NAE_ERA_R-30_Eesti_Riiklik_Spordiamet, lk 159
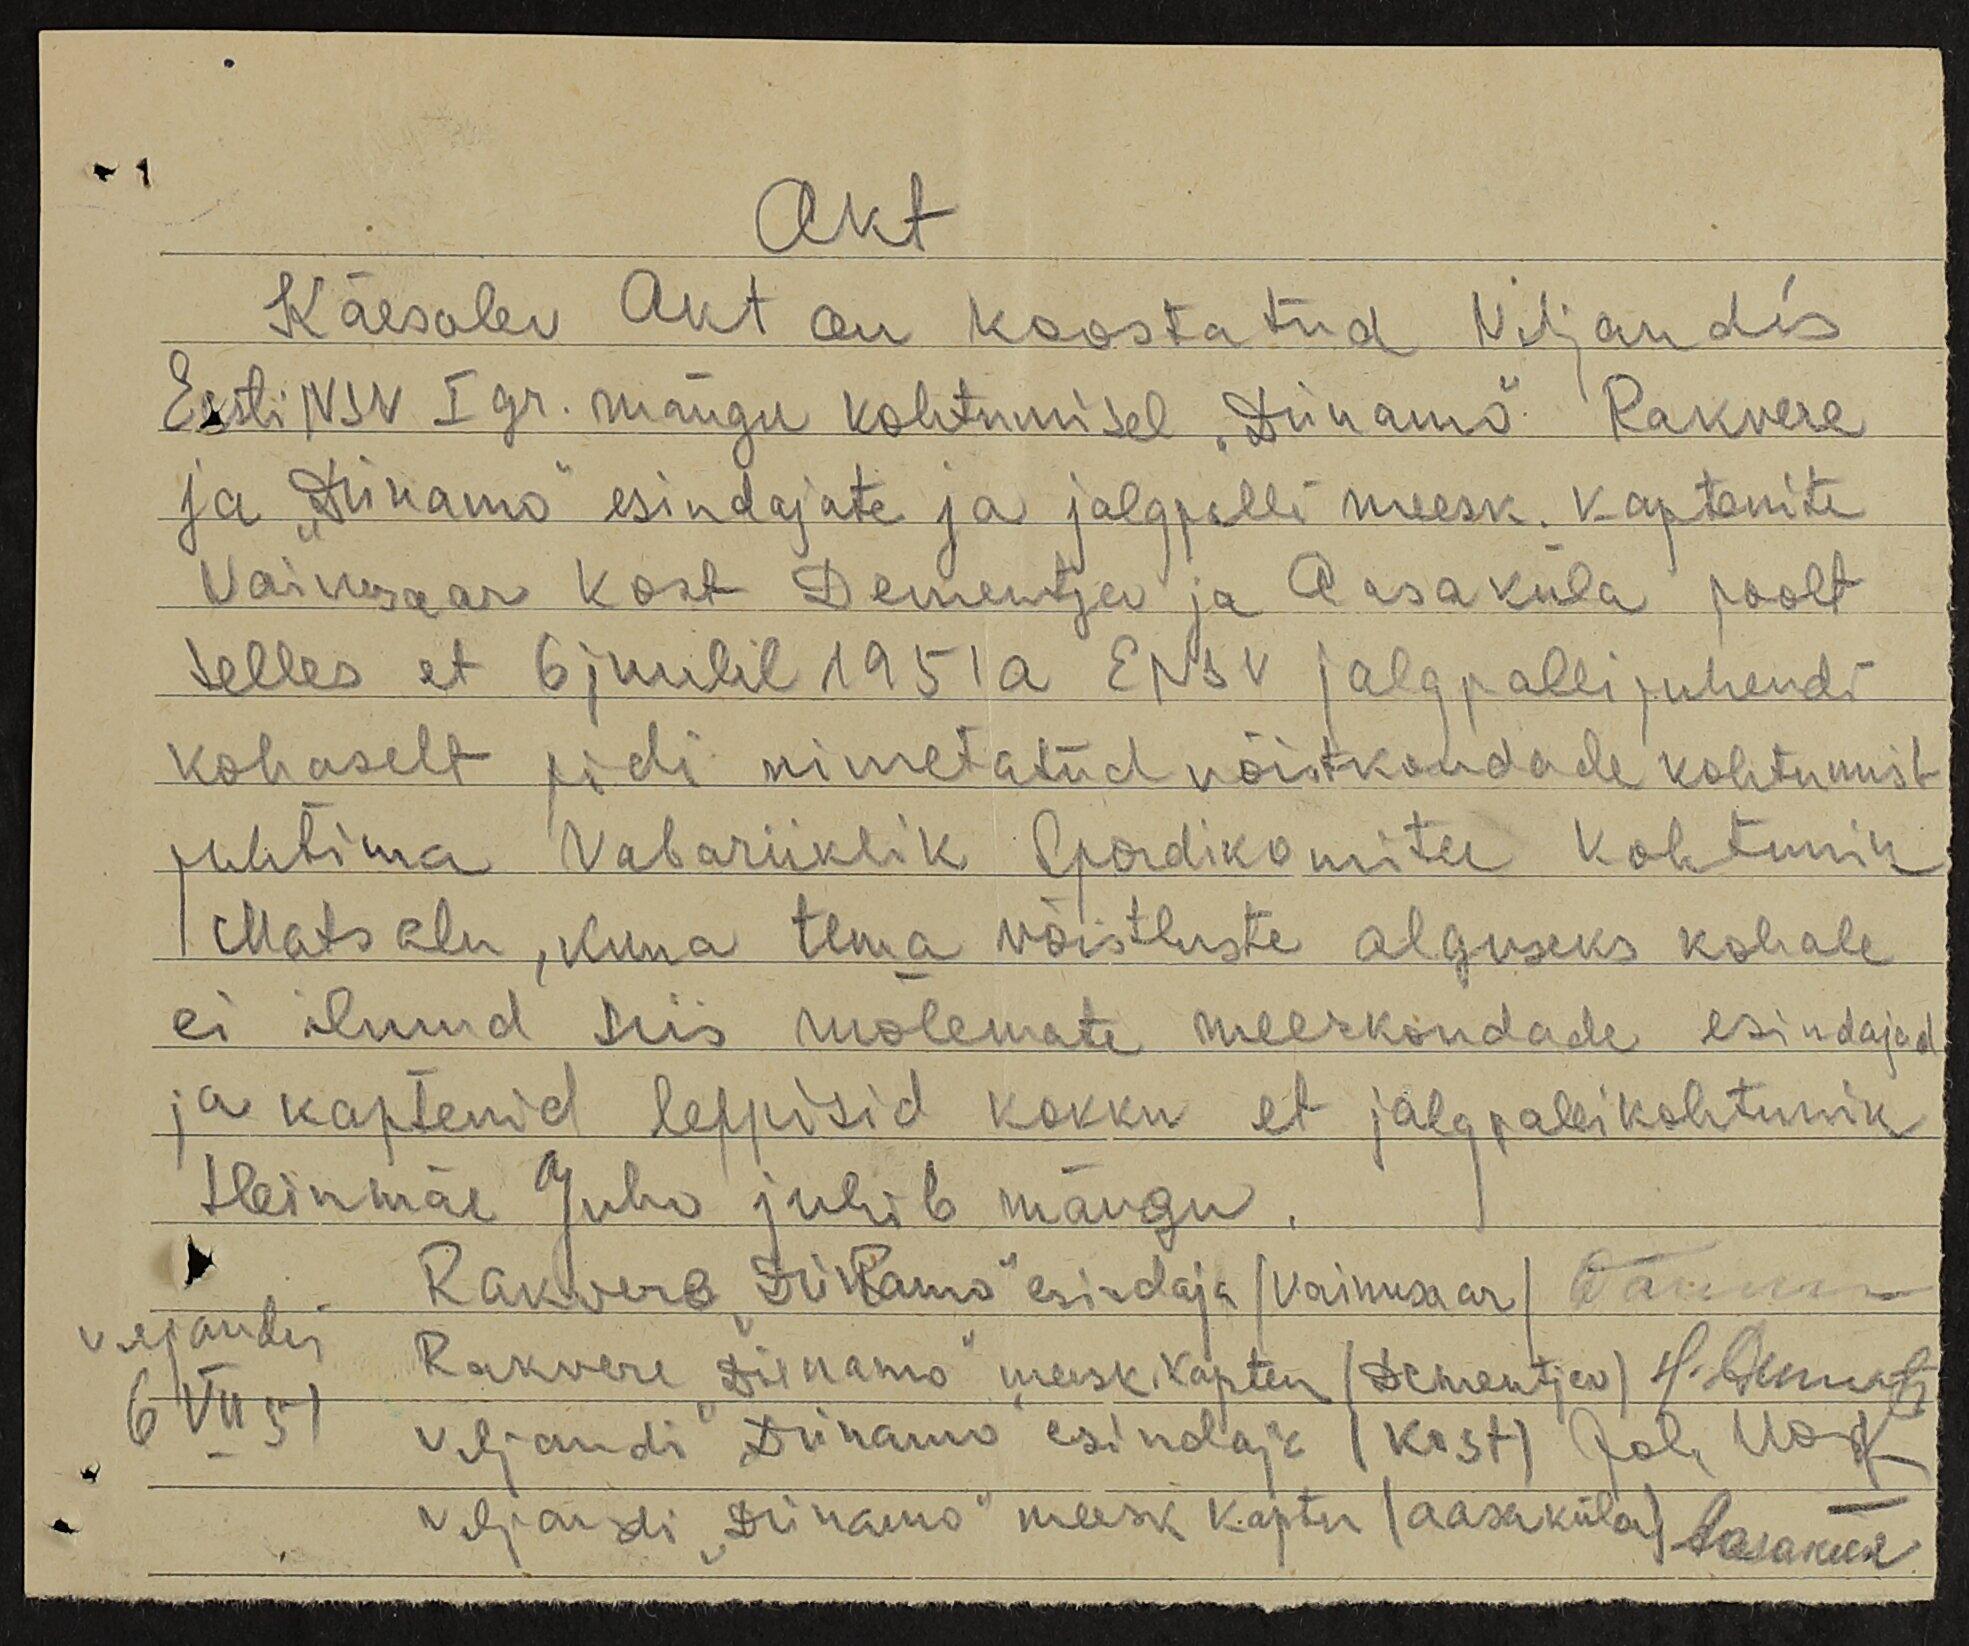
Akt
Käesolev Akt on koostatud Viljandis
Eesti NSV I gr. mängu kohtumisel "Dünamo" Rakvere
ja "Dünamo" esindajate ja jalgpalli meesk. kaptenite
Vainusaar Kost Dementjev ja Aasaküla poolt
selles et 6 juulil 1951a ENSV jalgpalli juhendi
kohaselt pidi nimetatud võistkondade kohtumist
juhtima Vabariiklik Spordikomitee kohtunik
Matsalu, kuna tema võistluste alguseks kohale
ei ilmud siis mõlemate meeskondade esindajad
ja kaptenid leppisid kokku et jalgpallikohtunik
Heinmäe Juho juhib mängu.
Rakvere "Dünamo" esindaja (Vainusaar)
Viljandis
Rakvere "Dünamo" meesk. kapten (Dementjev)
6 VII 51
Viljandi "Dünamo" esindaja (Kost)
Viljandi "Dünamo" meesk kapten (aasaküla)